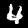
Digit: 4